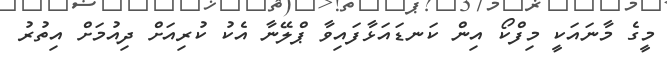
މީގެ މާނައަކީ މިފްކޯ އިން ކަނޑައަޅާފައިވާ ޕްލޭނާ އެކު ކުރިއަށް ދިއުމަށް އިތުރު